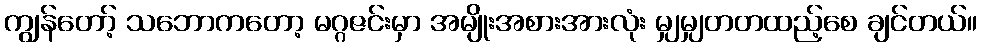
ကျွန်တော့် သဘောကတော့ မဂ္ဂဇင်းမှာ အမျိုးအစားအားလုံး မျှမျှတတထည့်စေ ချင်တယ်။